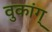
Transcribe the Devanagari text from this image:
वुकांग्